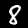
Label: 8